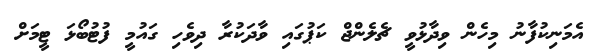
އެމަނިކުފާނު މިހެން ވިދާޅުވީ ޗެލެންޖް ކަޕުގައި ވާދަކުރާ ދިވެހި ގައުމީ ފުޓުބޯޅަ ޓީމަށް